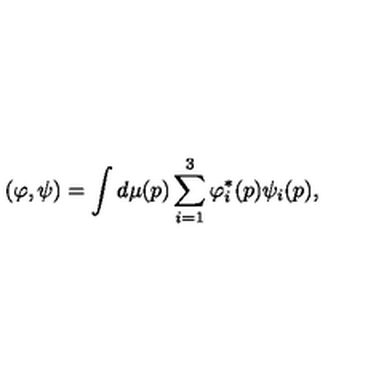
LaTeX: ( \varphi , \psi ) = \int d \mu ( p ) \sum _ { i = 1 } ^ { 3 } \varphi _ { i } ^ { \ast } ( p ) \psi _ { i } ( p ) ,